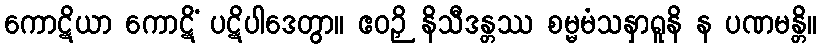
ကောဋိယာ ကောဋိံ ပဋိပါဒေတွာ။ ဧဝဉှိ နိသီဒန္တဿ စမ္မမံသနှာရူနိ န ပဏမန္တိ။